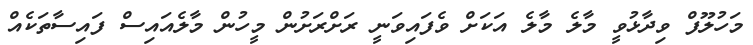
މަހުލޫފް ވިދާޅުވީ މާލެ މާލެ އަކަށް ވެފައިވަނީ ރަށްރަށުން މީހުން މާލެއައިސް ފައިސާތަކެއް